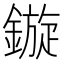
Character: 鏇